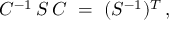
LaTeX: C ^ { - 1 } \, S \, C \ = \ ( S ^ { - 1 } ) ^ { T } \, ,